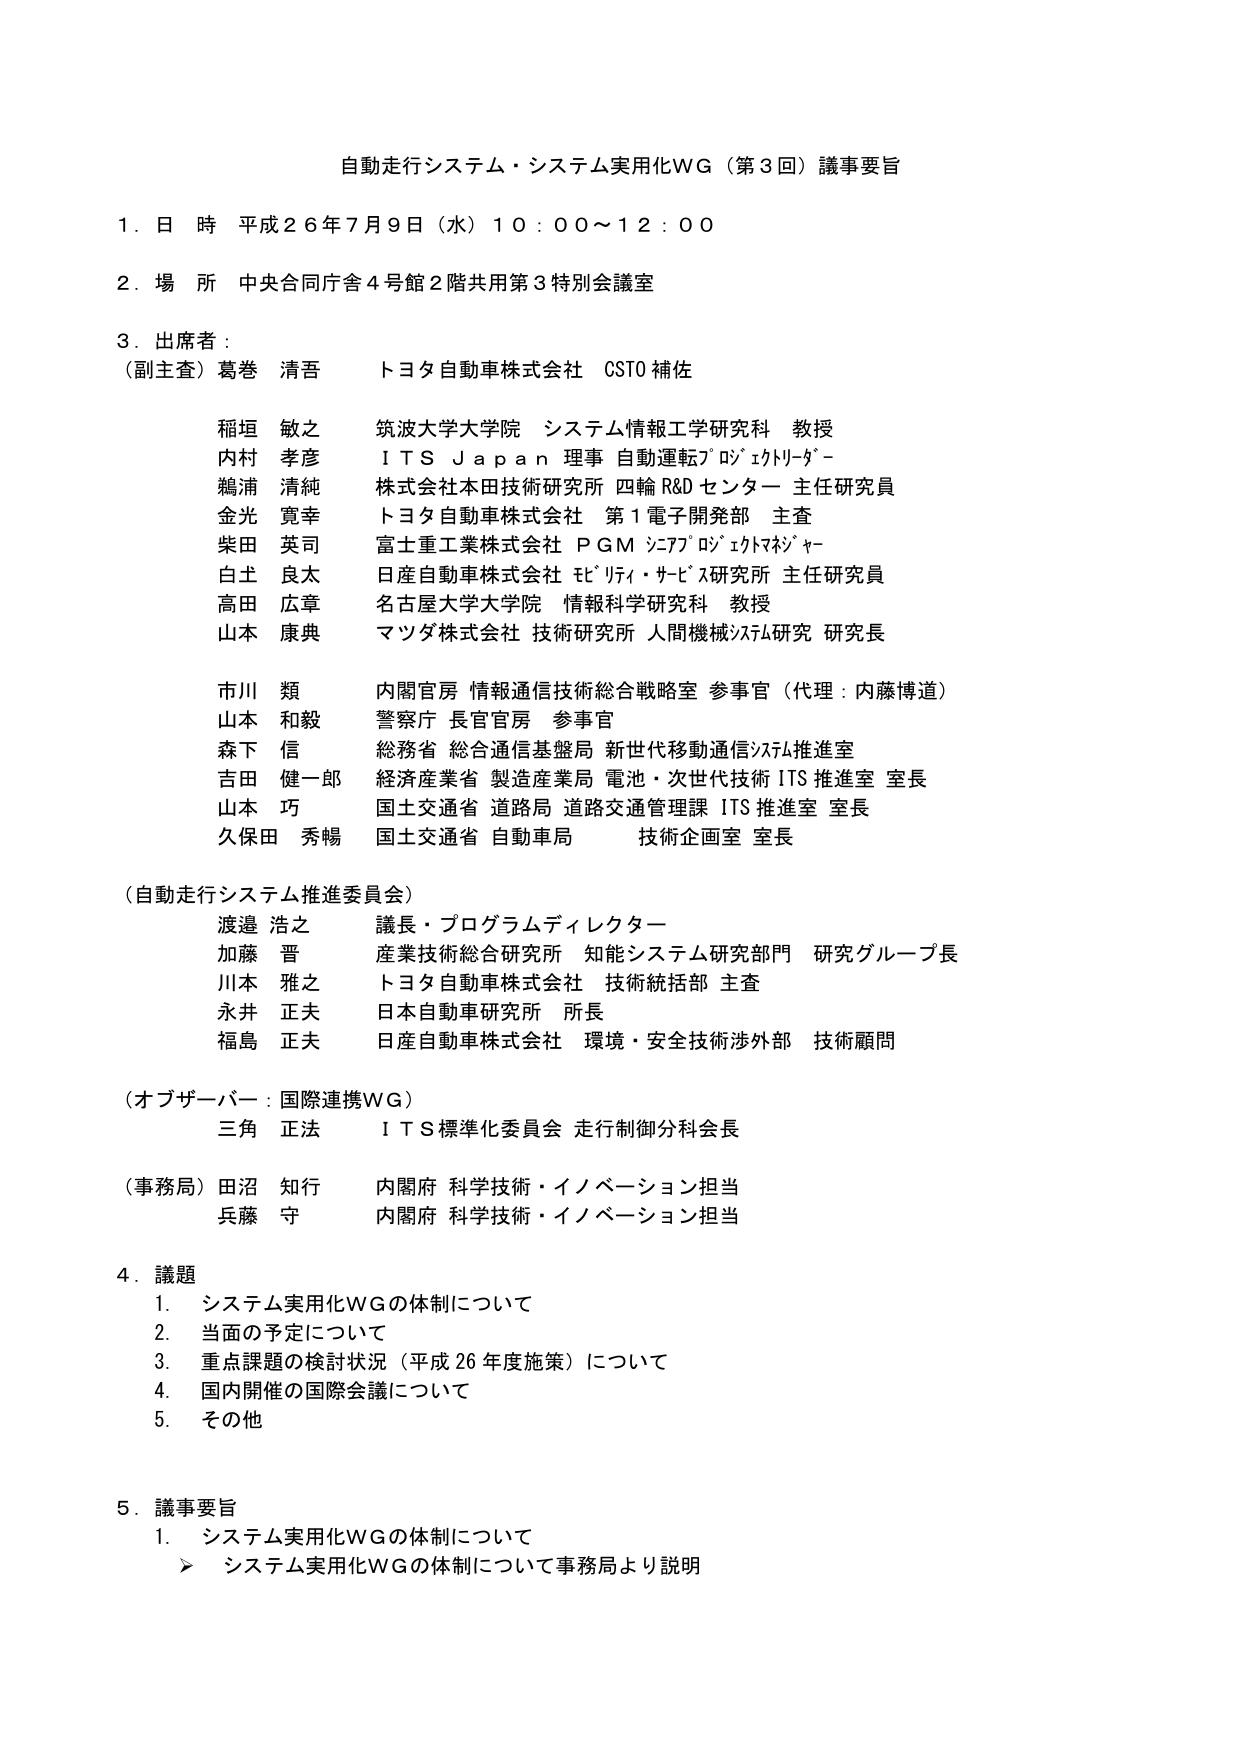
自動走行システム・システム実用化WG（第3回）議事要旨

1. 日時 平成26年7月9日（水）10:00～12:00

2. 場所 中央合同庁舎4号館2階共用第3特別会議室

3. 出席者：
（副主査）葛巻 清吾 トヨタ自動車株式会社 CSTO補佐

稲垣 敏之 筑波大学大学院 システム情報工学研究科 教授
内村 孝彦 ITS Japan 理事 自動運転プロジェクトリーダー
鵜浦 清純 株式会社本田技術研究所 四輪R&Dセンター 主任研究員
金光 寛幸 トヨタ自動車株式会社 第1電子開発部 主査
柴田 英司 富士重工業株式会社 PGM システムプロジェクトマネージャー
白土 良太 日産自動車株式会社 モビリティ・サービス研究所 主任研究員
高田 広章 名古屋大学大学院 情報科学研究科 教授
山本 康典 マツダ株式会社 技術研究所 人間機械システム研究 研究長

市川 類 内閣官房 情報通信技術総合戦略室 参事官（代理：内藤博道）
山本 和毅 警察庁 長官官房 参事官
森下 信 総務省 総合通信基盤局 新世代移動通信システム推進室
吉田 健一郎 経済産業省 製造産業局 電池・次世代技術ITS推進室 室長
山本 巧 国土交通省 道路局 道路交通管理課 ITS推進室 室長
久保田 秀暢 国土交通省 自動車局 技術企画室 室長

（自動走行システム推進委員会）
渡邉 浩之 議長・プログラムディレクター
加藤 晋 産業技術総合研究所 知能システム研究部門 研究グループ長
川本 雅之 トヨタ自動車株式会社 技術統括部 主査
永井 正夫 日本自動車研究所 所長
福島 正夫 日産自動車株式会社 環境・安全技術渉外部 技術顧問

（オブザーバー：国際連携WG）
三角 正法 ITS標準化委員会 走行制御分科会長

（事務局）田沼 知行 内閣府 科学技術・イノベーション担当
兵藤 守 内閣府 科学技術・イノベーション担当

4. 議題
1. システム実用化WGの体制について
2. 当面の予定について
3. 重点課題の検討状況（平成26年度施策）について
4. 国内開催の国際会議について
5. その他

5. 議事要旨
1. システム実用化WGの体制について
　　▶ システム実用化WGの体制について事務局より説明